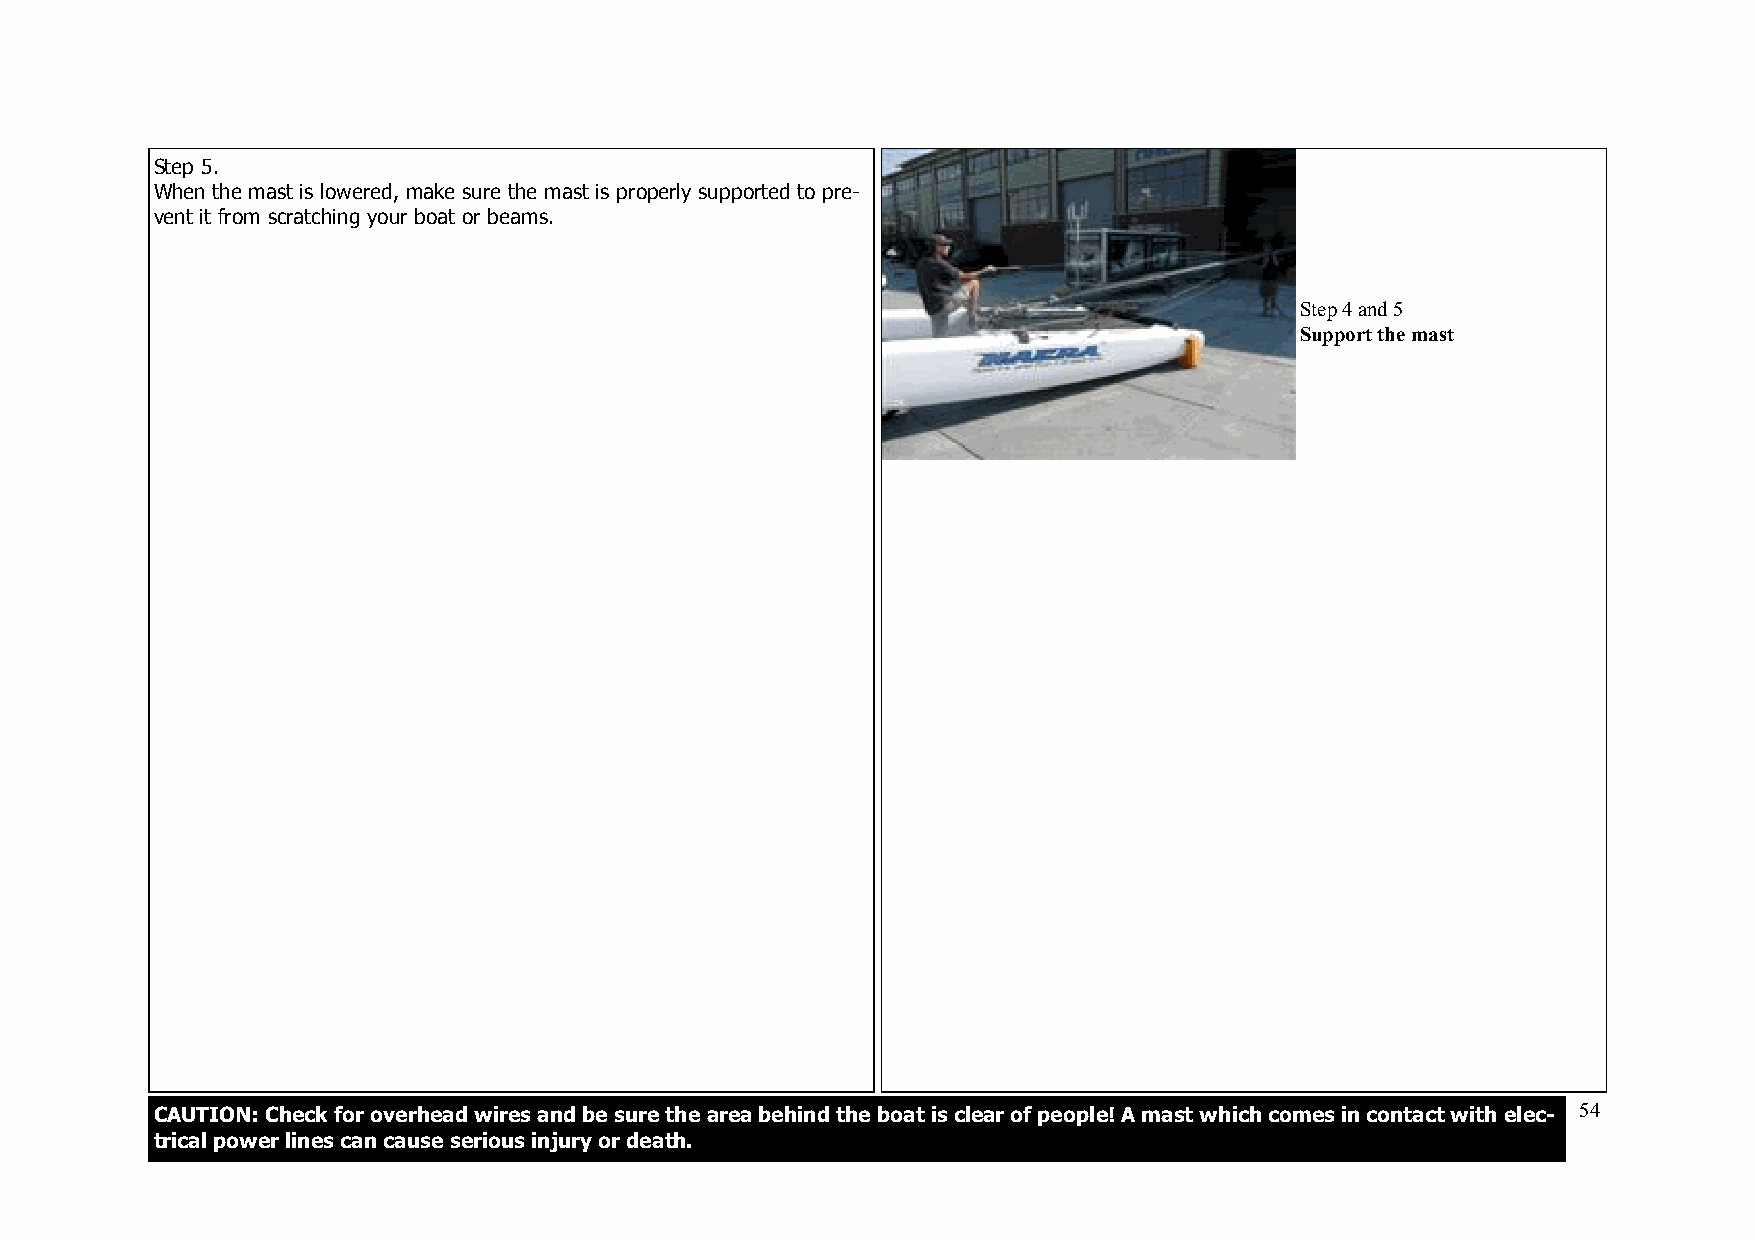
Step 5.
 When the mast is lowered, make sure the mast is properly supported to pre-
 vent it from scratching your boat or beams.
 Step 4 and 5
 Support the mast
 CAUTION: Check for overhead wires and be sure the area behind the boat is clear of people! A mast which comes in contact with elec- 54
 trical power lines can cause serious injury or death.